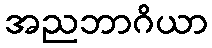
အညဘာဂိယာ